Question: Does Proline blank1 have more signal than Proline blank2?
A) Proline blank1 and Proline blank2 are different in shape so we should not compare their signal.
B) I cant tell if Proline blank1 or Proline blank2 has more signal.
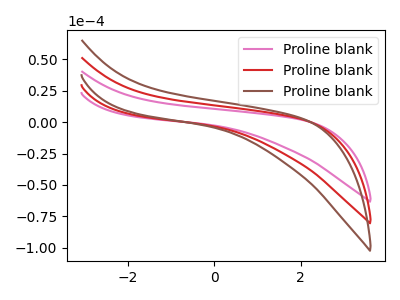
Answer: <think>The pink curve "Proline blank1" has no peaks. The red curve "Proline blank2" has no peaks. The brown curve "Proline blank3" has no peaks.
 Neither "Proline blank1" or "Proline blank2" have any peaks.</think>
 <answer>B) I cant tell if "Proline blank1" or "Proline blank2" has more signal.</answer>
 <eval>B</eval>